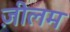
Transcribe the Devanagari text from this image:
ज़ीलम